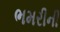
ભમરીની